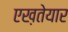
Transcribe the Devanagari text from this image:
एख़तेयार